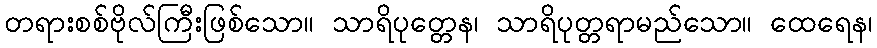
တရားစစ်ဗိုလ်ကြီးဖြစ်သော။ သာရိပုတ္တေန၊ သာရိပုတ္တရာမည်သော။ ထေရေန၊